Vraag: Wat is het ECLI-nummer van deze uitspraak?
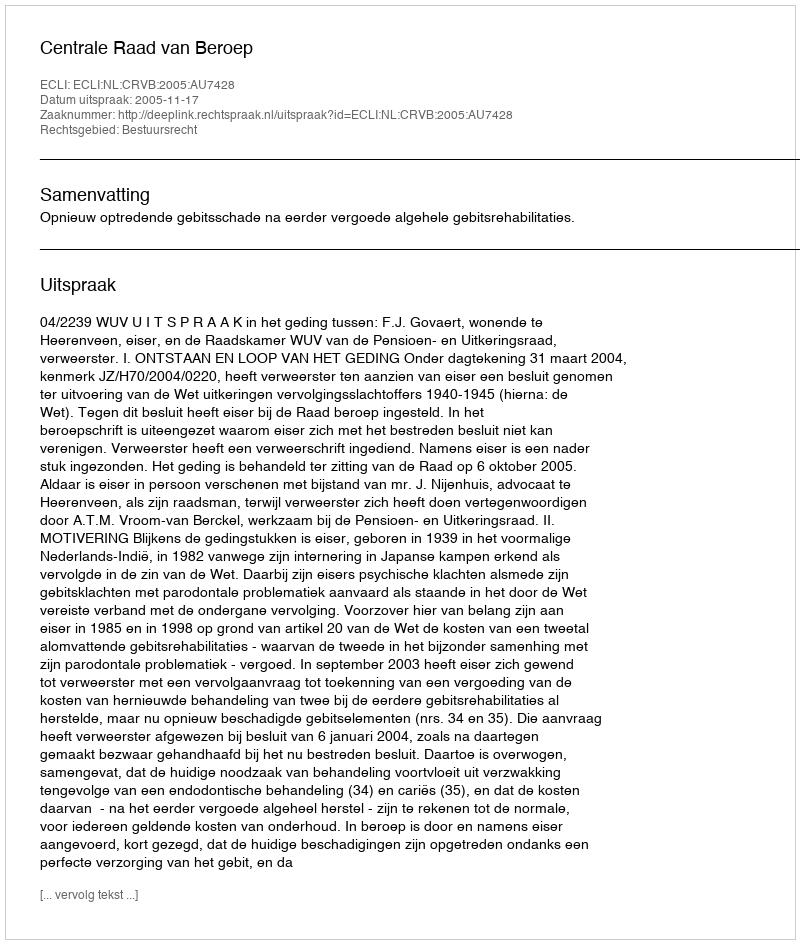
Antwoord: ECLI:NL:CRVB:2005:AU7428